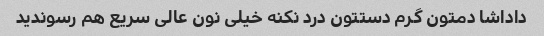
داداشا دمتون گرم دستتون درد نکنه خیلی نون عالی سریع هم رسوندید